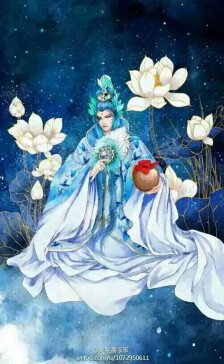
天命之谓性率性之谓道